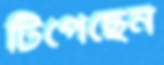
টিপেছেন